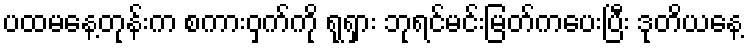
ပထမနေ့တုန်းက စကားဝှက်ကို ရုရှား ဘုရင်မင်းမြတ်ကပေးပြီး ဒုတိယနေ့